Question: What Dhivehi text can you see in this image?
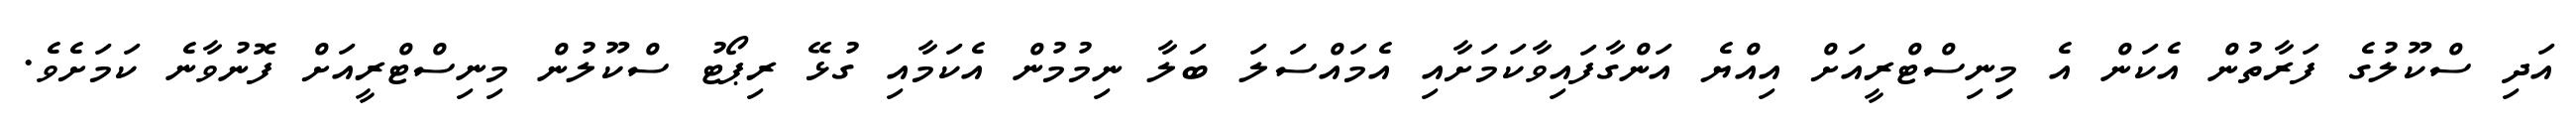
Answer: އަދި ސްކޫލުގެ ފަރާތުން އެކަން އެ މިިނިސްޓްރީއަށް އިއްޔެ އަންގާފައިވާކަމަށާއި އެމައްސަލަ ބަލާ ނިމުމުން އެކަމާއި ގުޅޭ ރިޕޯޓު ސްކޫލުން މިނިސްޓްރީއަށް ފޮނުވާނެ ކަމަށެވެ.